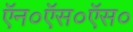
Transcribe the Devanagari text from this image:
ऍन०ऍस०ऍस०